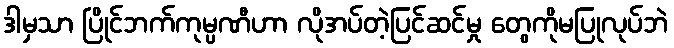
ဒါမှသာ ပြိုင်ဘက်ကုမ္ပဏီဟာ လိုအပ်တဲ့ပြင်ဆင်မှု တွေကိုမပြုလုပ်ဘဲ